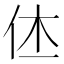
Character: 𠇾